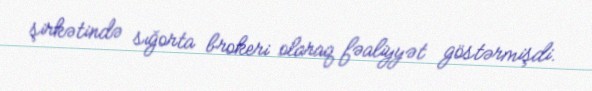
şirkətində sığorta brokeri olaraq fəaliyyət göstərmişdi.